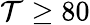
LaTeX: \mathcal{T}\ge80